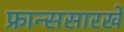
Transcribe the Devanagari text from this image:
फ्रान्ससारखे